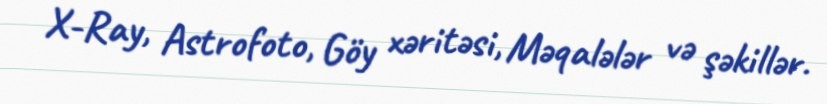
X-Ray, Astrofoto, Göy xəritəsi, Məqalələr və şəkillər.